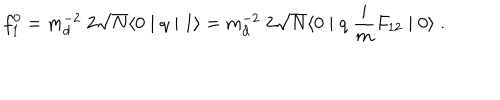
f _ { 1 } ^ { 0 } = m _ { d } ^ { - 2 } \; 2 \sqrt { N } \langle 0 \mid q \mid 1 \rangle = m _ { d } ^ { - 2 } \; 2 \sqrt { N } \langle 0 \mid q \; \frac { i } { m } F _ { 1 2 } \mid 0 \rangle \; .